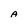
Character: A